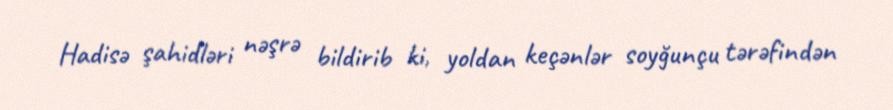
Hadisə şahidləri nəşrə bildirib ki, yoldan keçənlər soyğunçu tərəfindən